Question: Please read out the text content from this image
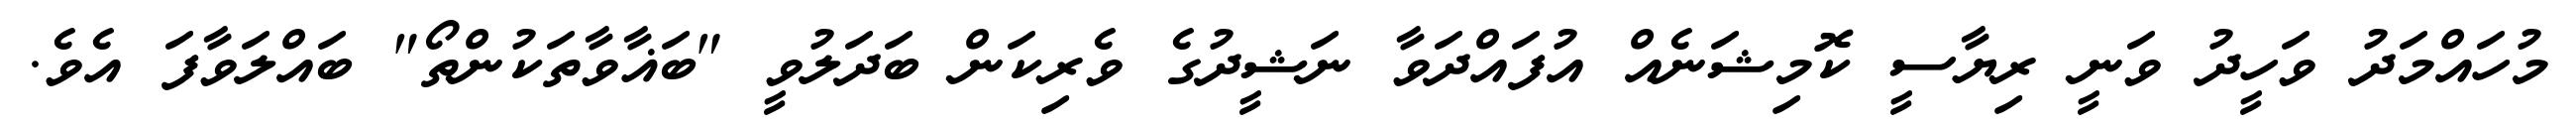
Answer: މުހައްމަދު ވަހީދު ވަނީ ރިޔާސީ ކޮމިޝަނެއް އުފައްދަވާ ނަޝީދުގެ ވެރިކަން ބަދަލުވީ "ބަޣާވާތަކުންތޯ" ބައްލަވާފަ އެވެ.